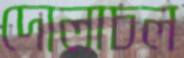
দোলাচল